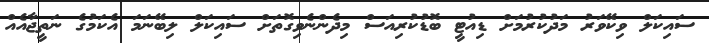
ސައިކަލް ވިކޭވަރު މަދުކުރުމަށް ޑިއުޓީ ބޮޑުކުރިއަސް މިދެންނެވިގޮތަށް ސައިކަލް ލިބޭނަމަ އެކަމުގެ ނަތީޖާއެއް